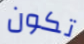
تكون